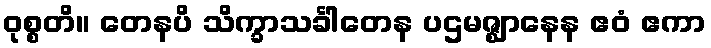
ဝုစ္စတိ။ တေနပိ သိက္ခာသင်္ခါတေန ပဌမဇ္ဈာနေန ဧဝံ ဧကာ